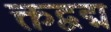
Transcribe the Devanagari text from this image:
क्तद्वद्म